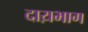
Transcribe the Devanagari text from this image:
दाय़भाग